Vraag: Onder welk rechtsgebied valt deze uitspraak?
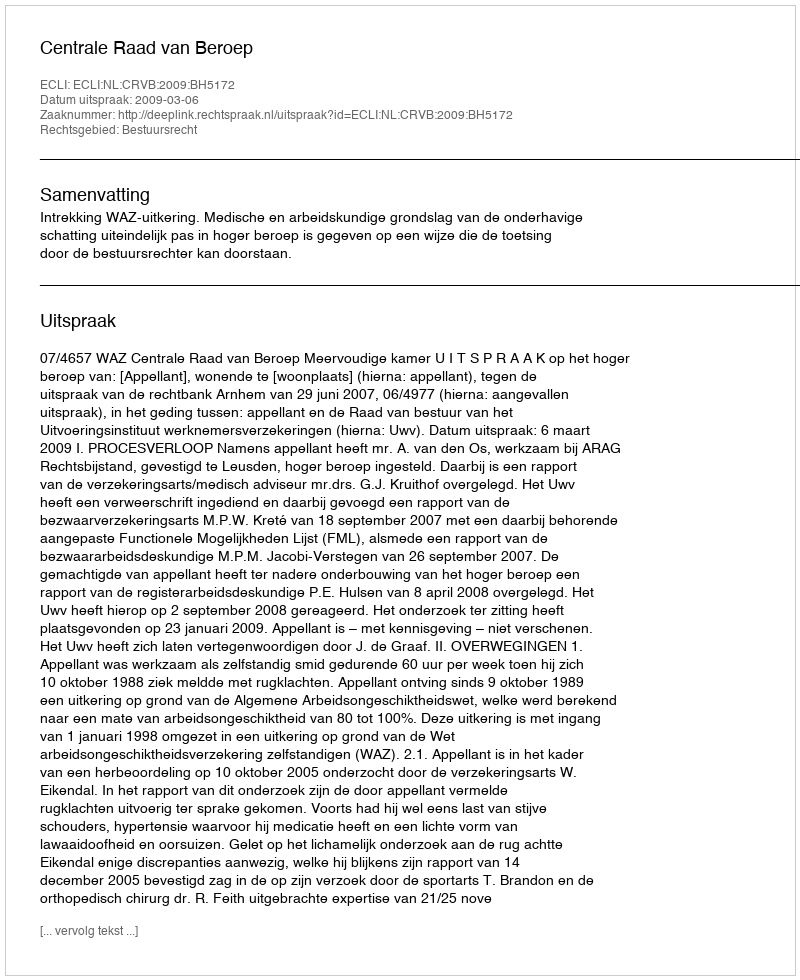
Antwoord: Bestuursrecht